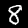
Label: 8